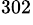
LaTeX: ^{302}